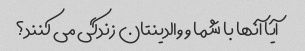
آیا آنها با شما و والدینتان زندگی می کنند؟